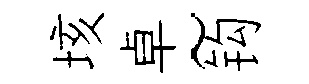
垓卓~钩